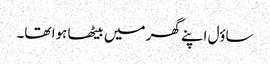
ساؤل اپنے گھر میں بیٹھا ہوا تھا۔